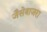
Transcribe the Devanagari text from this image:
जैसेबाजरा